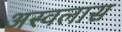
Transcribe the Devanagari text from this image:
अस्वलास